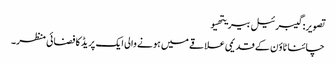
تصویر: گیبرئیل بیریتھیو
چائنا ٹاؤن کے قدیمی علاقے میں ہونے والی ایک پریڈ کا فضائی منظر۔